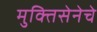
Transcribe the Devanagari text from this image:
मुक्तिसेनेचे